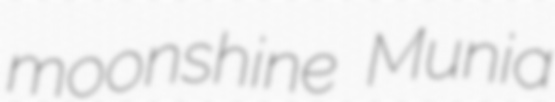
moonshine Munia